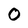
Character: O